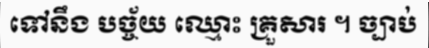
ទៅនឹង បច្ច័យ ឈ្មោះ គ្រួសារ ។ ច្បាប់